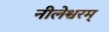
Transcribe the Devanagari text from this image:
नीलेश्वरम्